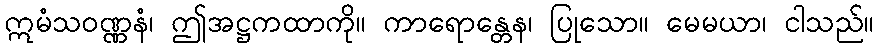
ဣမံသဝဏ္ဏနံ၊ ဤအဋ္ဌကထာကို။ ကာရောန္တေန၊ ပြုသော။ မေမယာ၊ ငါသည်။